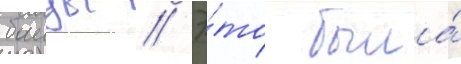
баиды // Э́то была́